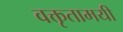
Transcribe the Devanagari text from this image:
वक्तृतामयी